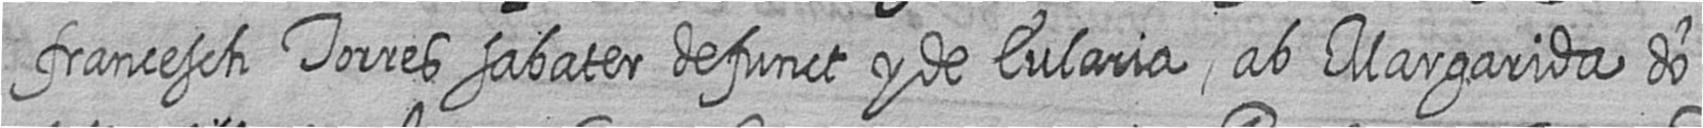
francesch Torres sabater defunct y de Eularia ab Margarida do